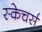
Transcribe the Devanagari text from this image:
स्केचर्स